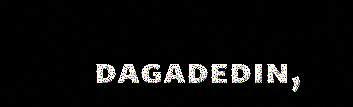
dagadedin,